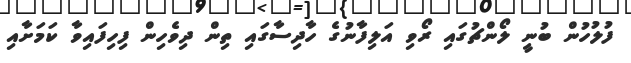
ފުލުހުން ބުނީ ލޯންޗުގައި ރޯވި އަލިފާނުގެ ހާދިސާގައި ތިން ދިވެހިން ފިހިފައިވާ ކަމަށާއި